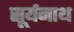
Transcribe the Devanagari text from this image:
सूर्यनाथ